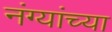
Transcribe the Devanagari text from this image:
नंग्यांच्या